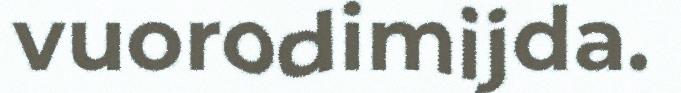
vuorodimijda.